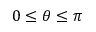
0 \leq \theta \leq \pi